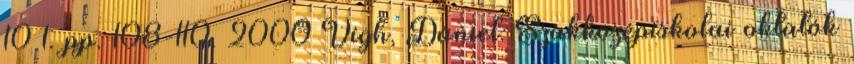
10 1. pp. 108-110. 2000 Vígh, Dániel: Szakközépiskolai oktatók